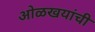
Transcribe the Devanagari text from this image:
ओळखयांची